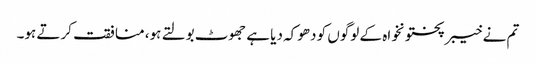
تم نے خیبرپختونخواہ کے لوگوں کو دھوکہ دیا ہے جھوٹ بولتے ہو، منافقت کرتے ہو۔